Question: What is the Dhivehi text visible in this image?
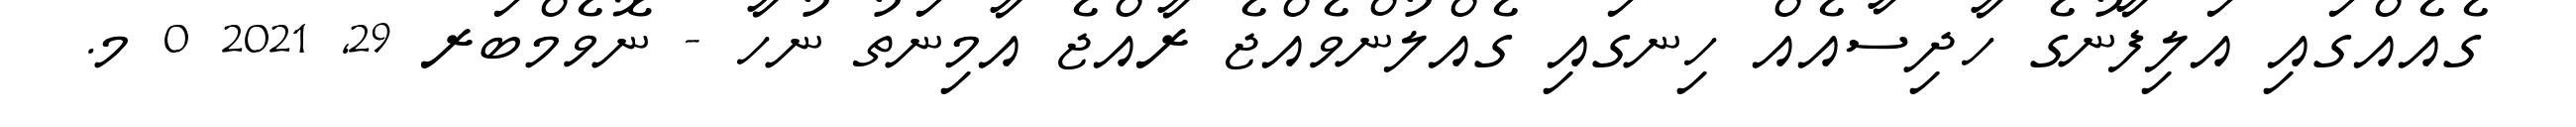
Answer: ގެއެއްގައި އަލިފާނުގެ ހާދިސާއެއް ހިނގައި ގެއްލުންވެއްޖެ ރާއްޖެ އާމިނަތު ނުހާ - ނޮވެމްބަރ 29, 2021 0 މ.